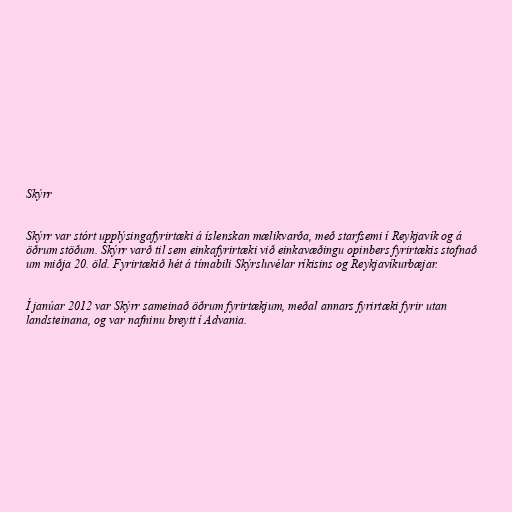
Skýrr

Skýrr var stórt upplýsingafyrirtæki á íslenskan mælikvarða, með starfsemi í Reykjavík og á
öðrum stöðum. Skýrr varð til sem einkafyrirtæki við einkavæðingu opinbers fyrirtækis stofnað
um miðja 20. öld. Fyrirtækið hét á tímabili Skýrsluvélar ríkisins og Reykjavíkurbæjar.

Í janúar 2012 var Skýrr sameinað öðrum fyrirtækjum, meðal annars fyrirtæki fyrir utan
landsteinana, og var nafninu breytt í Advania.